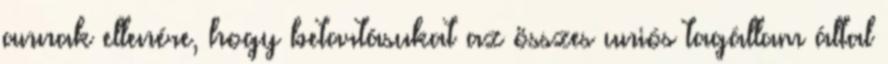
annak ellenére, hogy betartásukat az összes uniós tagállam által